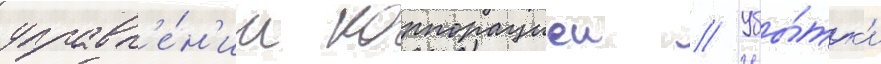
управл'е́н'ии корпорациеи // Убы́тк'и